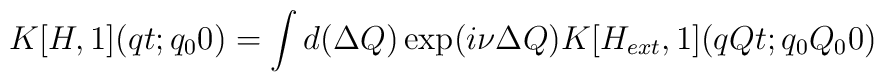
K[H,1](qt;q_00) = \int d(\Delta Q)  \exp(i\nu \Delta Q)          K[H_{ext},1](qQt;q_0Q_00)